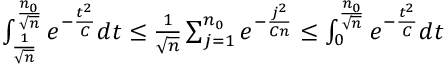
\begin{array} { r } { \int _ { \frac { 1 } { \sqrt { n } } } ^ { \frac { n _ { 0 } } { \sqrt { n } } } e ^ { - \frac { t ^ { 2 } } { C } } d t \leq \frac { 1 } { \sqrt { n } } \sum _ { j = 1 } ^ { n _ { 0 } } e ^ { - \frac { j ^ { 2 } } { C n } } \leq \int _ { 0 } ^ { \frac { n _ { 0 } } { \sqrt { n } } } e ^ { - \frac { t ^ { 2 } } { C } } d t } \end{array}